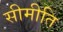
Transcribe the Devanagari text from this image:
सीमीति